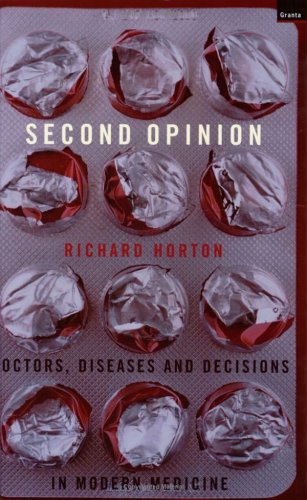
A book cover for Second Opinion: Doctors, Diseases and Decisions in Modern Medicine; Richard Horton; Medical Books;